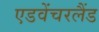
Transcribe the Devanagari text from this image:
एडवेंचरलैंड